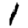
Digit: 1